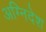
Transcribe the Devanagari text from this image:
अग्निदेश